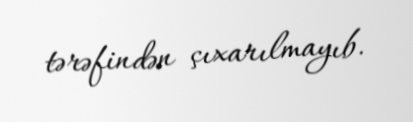
tərəfindən çıxarılmayıb.